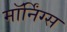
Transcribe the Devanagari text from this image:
मॉर्निंग्स